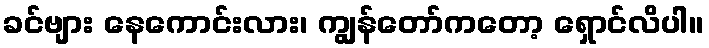
ခင်ဗျား နေကောင်းလား၊ ကျွန်တော်ကတော့ ရှောင်လိပါ။